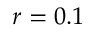
r = 0 . 1